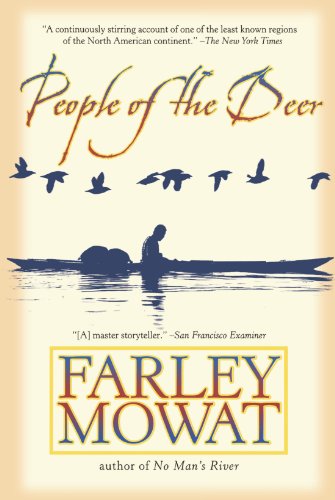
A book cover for People of the Deer (Death of a People); Farley Mowat; Biographies & Memoirs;